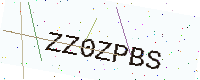
Text: ZZ0ZPBS